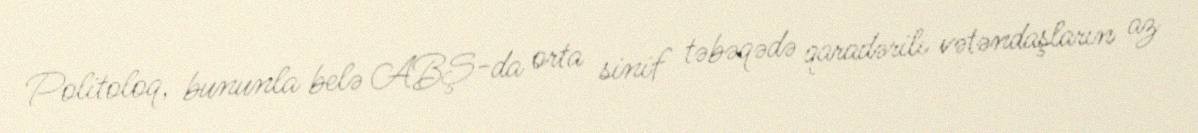
Politoloq, bununla belə ABŞ-da orta sinif təbəqədə qaradərili vətəndaşların az